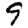
Digit: 9